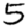
Digit: 5